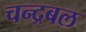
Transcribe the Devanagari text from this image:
चन्द्रबल